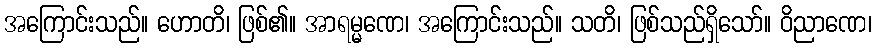
အကြောင်းသည်။ ဟောတိ၊ ဖြစ်၏။ အာရမ္မဏေ၊ အကြောင်းသည်။ သတိ၊ ဖြစ်သည်ရှိသော်။ ဝိညာဏေ၊